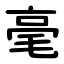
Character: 毫